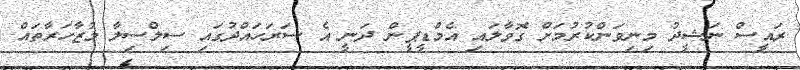
ރައީސް ނަޝީދު މިނިވަންކުރުމަށް ގޮވާލައި އެމްޑީޕީން ދަނީ އެ ސަރަހައްދުގައި ސިލްސިލާ މުޒާހަރާތައް